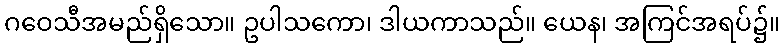
ဂဝေသီအမည်ရှိသော။ ဥပါသကော၊ ဒါယကာသည်။ ယေန၊ အကြင်အရပ်၌။